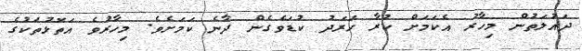
ދައުލަތުން މިހާރު އެކަމަށް ކުރާ ހަރަދު ކުޑަވެގެން ދާނެ ކަމަށެވެ. މިހާރުވެ އަތޮޅުތަކުގެ